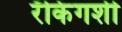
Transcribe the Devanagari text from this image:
रँकिंगशी